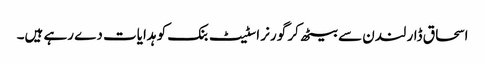
اسحاق ڈار لندن سے بیٹھ کر گورنر اسٹیٹ بنک کو ہدایات دے رہے ہیں۔